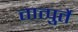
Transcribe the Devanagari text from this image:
तात्पुर्ते